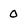
Character: 0